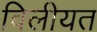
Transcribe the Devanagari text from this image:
विलीयत